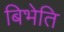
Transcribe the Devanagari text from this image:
बिभेति